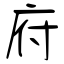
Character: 府